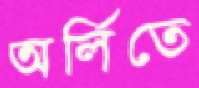
অর্লিতে